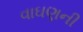
વાઘણની